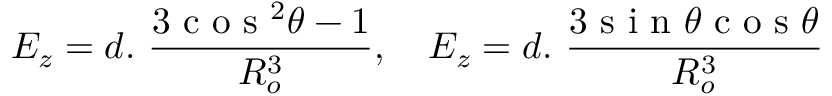
E _ { z } = d . \ \frac { 3 \textrm { c o s } ^ { 2 } \theta - 1 } { R _ { o } ^ { 3 } } , \quad E _ { z } = d . \ \frac { 3 \textrm { s i n } \theta \textrm { c o s } \theta } { R _ { o } ^ { 3 } }